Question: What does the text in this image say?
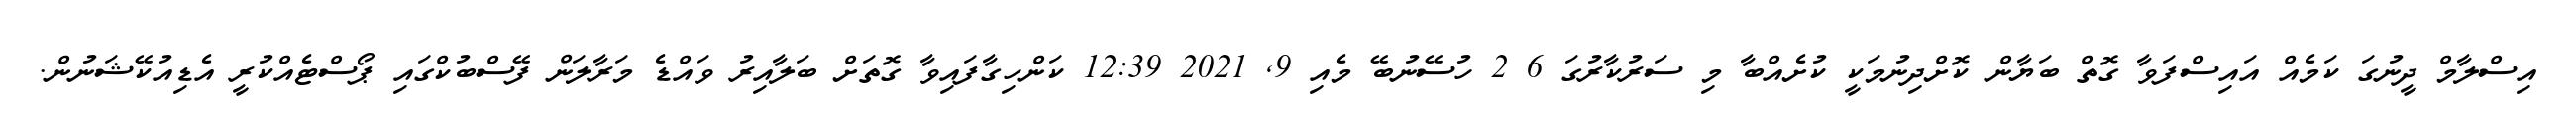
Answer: އިސްލާމް ދީނުގަ ކަމެއް އައިސްފަވާ ގޮތް ބަޔާން ކޮށްދިނުމަކީ ކުށެއްބާ މި ސަރުކާރުގަ 6 2 ހުސޭނުބޭ މެއި 9, 2021 12:39 ކަންހިގާފައިވާ ގޮތަށް ބަލާއިރު ވައްޑެ މަރާލަން ފޭސްބުކްގައި ޕޯސްޓެއްކުރީ އެޑިއުކޭޝަނުން.